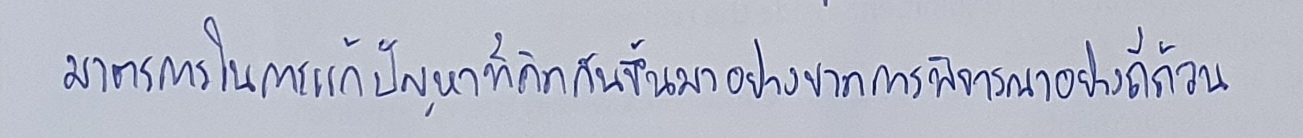
มาตรการในการแก้ปัญหาที่คิดกันขึ้นมาอย่างขาดการพิจารณาอย่างถี่ถ้วน